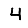
Digit: 4